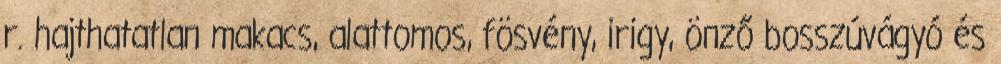
r. hajthatatlan makacs, alattomos, fösvény, irigy, önző bosszúvágyó és